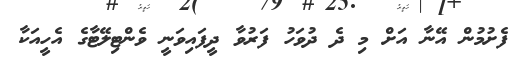
ފެށުމުން އޭނާ އަށް މި ދެ ދުވަހު ފަރުވާ ދީފައިވަނީ ވެންޓިލޭޓާގެ އެހީއަކާ